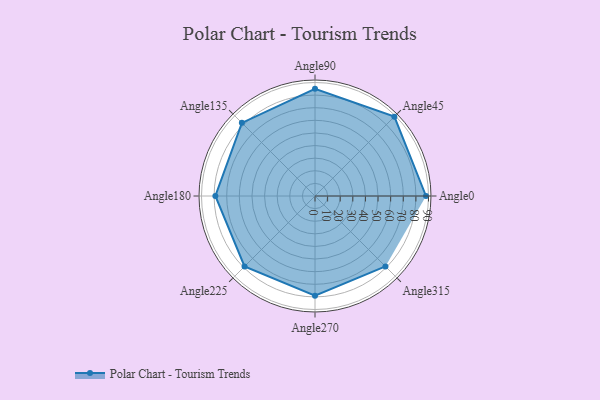
{"axis": {"x": "Angle", "y": "Radius"}, "legend": [""], "data": [{"x": "Angle0", "y": 88.0, "type": ""}, {"x": "Angle45", "y": 89.0, "type": ""}, {"x": "Angle90", "y": 85.0, "type": ""}, {"x": "Angle135", "y": 82.0, "type": ""}, {"x": "Angle180", "y": 79.0, "type": ""}, {"x": "Angle225", "y": 79.0, "type": ""}, {"x": "Angle270", "y": 79.0, "type": ""}, {"x": "Angle315", "y": 79.0, "type": ""}]}